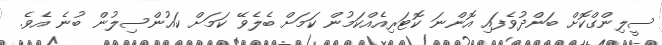
ސީލިންގްކޮށް ބަންދުވެފައި އޮންނަ ކޮޓަރިއެއްކަމުން ކަމަށް ބެލެވޭ ކަމަށް ކައުންސިލުން ބުނެ އެވެ.